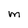
Character: M